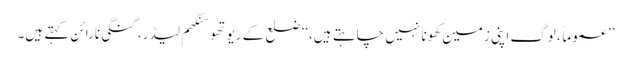
’’عموماً، لوگ اپنی زمین کھونا نہیں چاہتے ہیں،‘‘ ضلع کے رِیوتھو سَنگھم لیڈر، گنگی نارائن کہتے ہیں۔